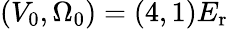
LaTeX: (V_{0},\Omega_{0})=(4,1)E_{\mathrm{{r}}}